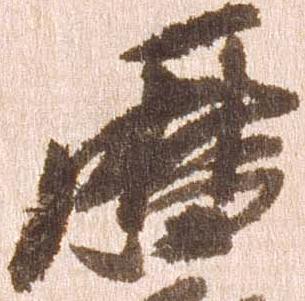
暦